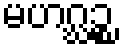
မဟဂ္ဃဉ္စ